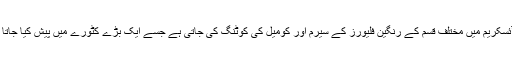
اس آئسکریم میں مختلف قسم کے رنگین فلیورز کے سیرم اور کومیل کی کوٹنگ کی جاتی ہے جسے ایک بڑے کٹورے میں پیش کیا جاتا ہے۔